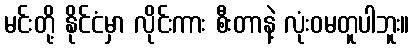
မင်းတို့ နိုင်ငံမှာ လိုင်းကား စီးတာနဲ့ လုံးဝမတူပါဘူး။